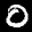
Label: 0